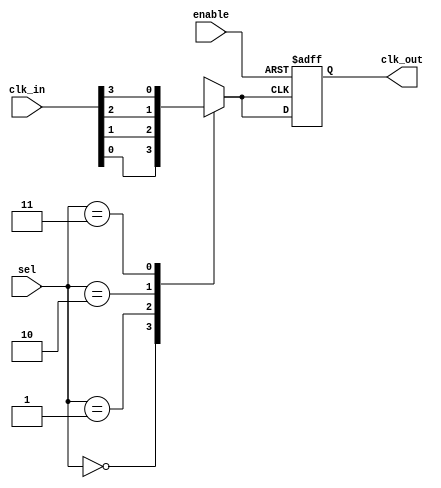
module CMUX_Buffer #(
    parameter NUM_CLOCKS = 4, // Number of clock sources
    parameter ADDR_WIDTH = $clog2(NUM_CLOCKS) // Address width for selection
)(
    input wire [NUM_CLOCKS-1:0] clk_in, // Clock inputs
    input wire [ADDR_WIDTH-1:0] sel,     // Selection signal
    input wire enable,                    // Enable signal
    output reg clk_out                    // Clock output
);

    // Buffer for selected clock source
    reg clk_buf;

    always @(*) begin
        // Determine the selected clock input based on sel
        case (sel)
            0: clk_buf = clk_in[0];
            1: clk_buf = clk_in[1];
            2: clk_buf = clk_in[2];
            3: clk_buf = clk_in[3];
            default: clk_buf = clk_in[0]; // Default to CLK0 if sel is out of bounds
        endcase
    end

    // Output the buffered clock signal based on enable
    always @(posedge clk_buf or negedge enable) begin
        if (!enable) begin
            clk_out <= 1'b0; // Disable output clock
        end else begin
            clk_out <= clk_buf; // Route the selected clock to output
        end
    end

endmodule